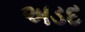
અડદ